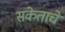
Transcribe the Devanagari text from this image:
संकेताचे